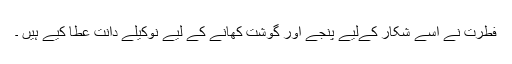
فطرت نے اسے شکار کےلیے پنجے اور گوشت کھانے کے لیے نوکیلے دانت عطا کیے ہیں ۔